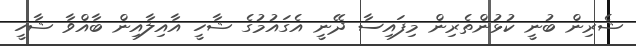
ޝެރިން ބުނީ ކުޅުންތެރިން މިފައިސާ ދޭނީ އެގައުމުގެ ޝާހީ އާއިލާއިން ބާއްވާ ޝާހީ